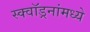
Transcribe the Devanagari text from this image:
स्क्वॉड्रनांमध्ये